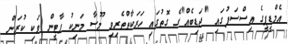
އެމްޑީޕީގެ އިސްސަފުގައި "ޖަޑިބެއް"ގެ ގޮތުގައި ހަރަކާތްތެރިވި މޫސާ މަނިކު ޕާޓީން ވަކި ކުރަން